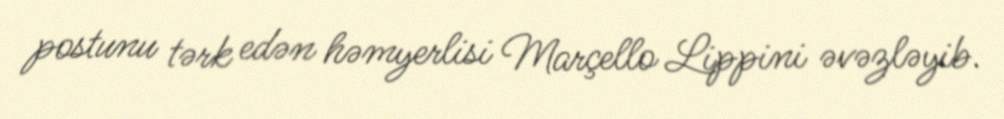
postunu tərk edən həmyerlisi Marçello Lippini əvəzləyib.